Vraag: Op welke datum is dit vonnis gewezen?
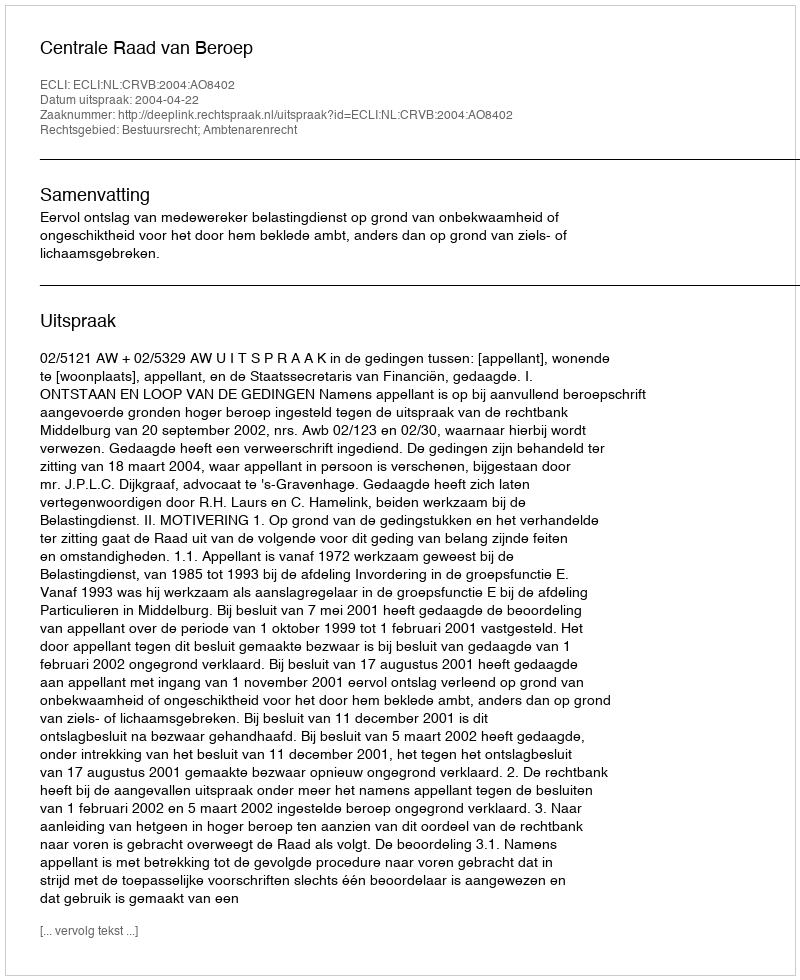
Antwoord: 2004-04-22